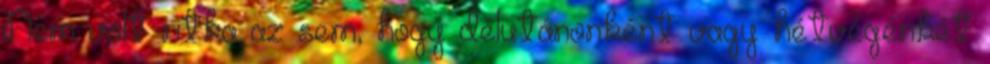
Nem volt ritka az sem, hogy délutánonként vagy hétvégénkét